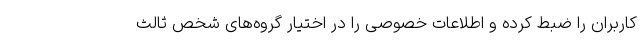
کاربران را ضبط کرده و اطلاعات خصوصی را در اختیار گروه‌های شخص ثالث